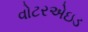
વોટરએઇડ